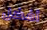
أفضل